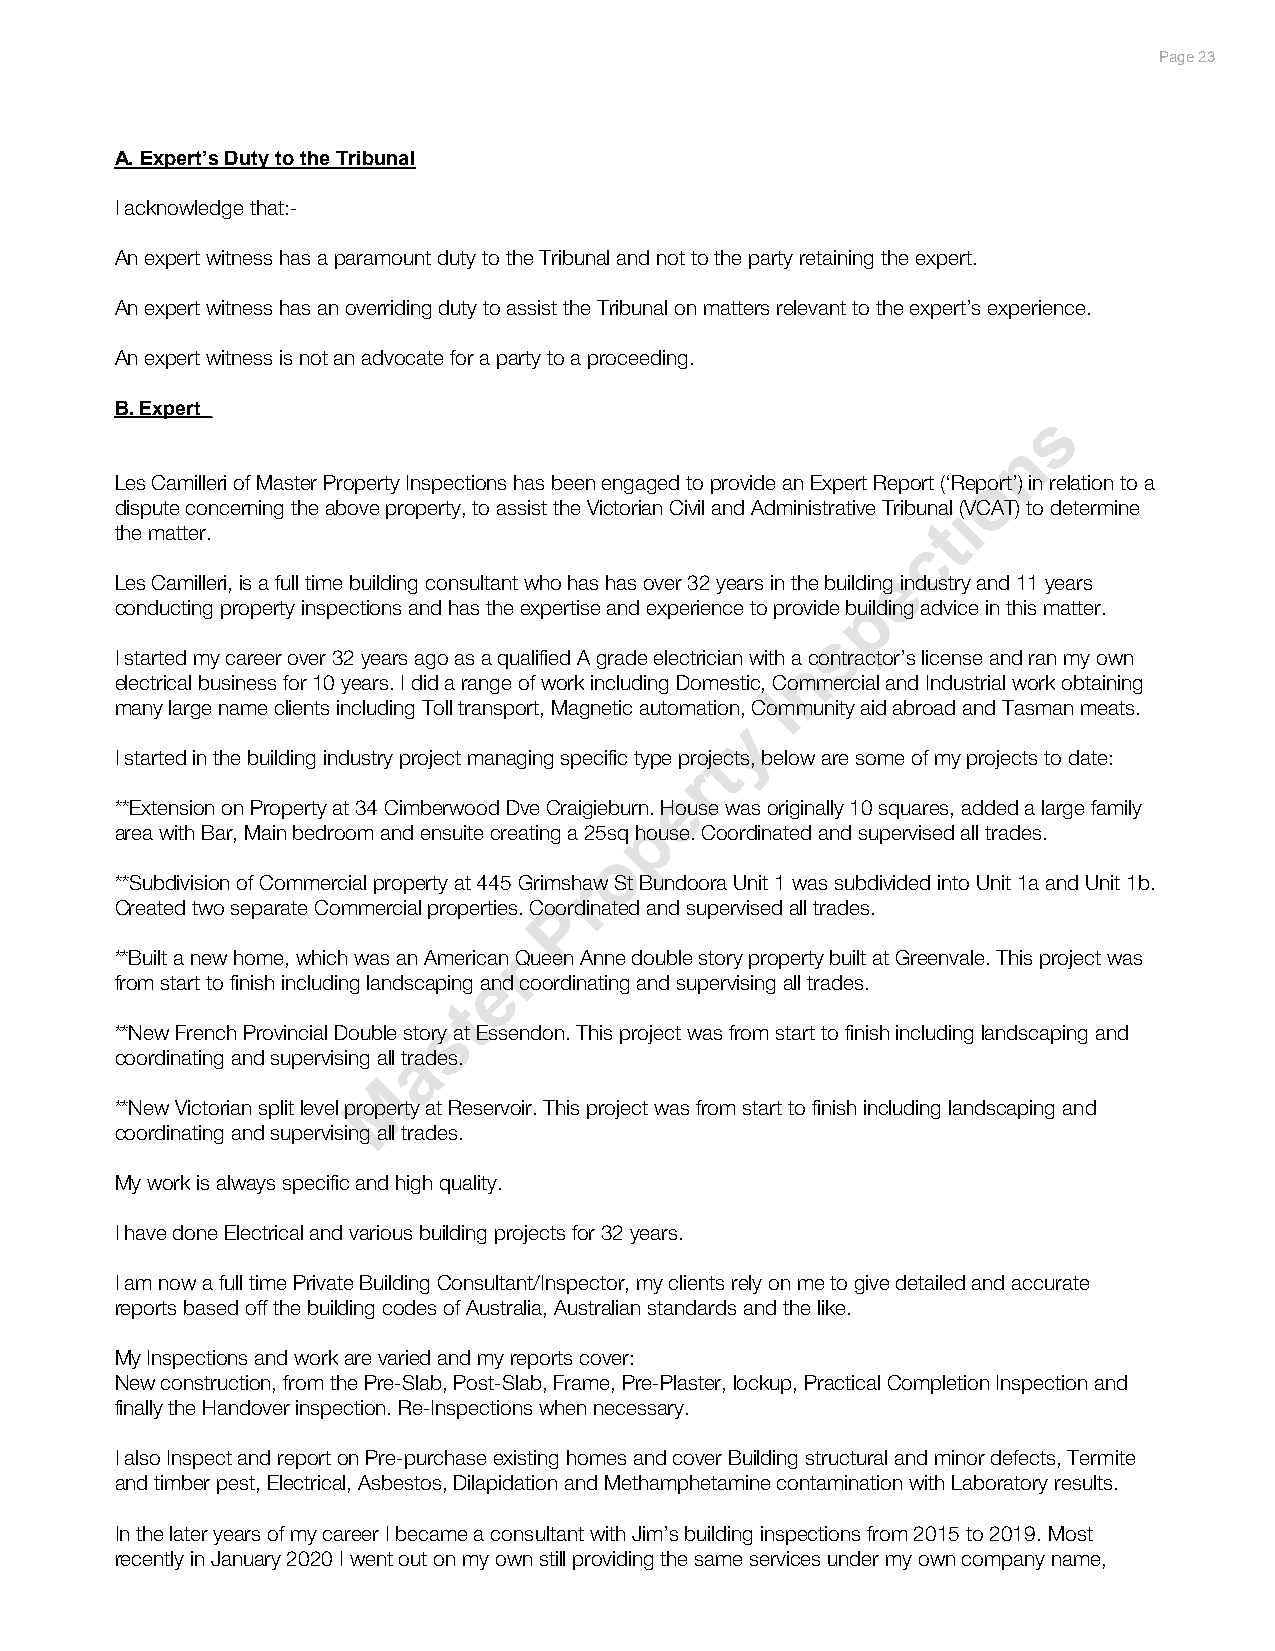
Additional comments                                                      PPaaggee 2330
 *A A. E. Exxppeertr’ts’s D Duuttyy ttoo tthhee TTrriibbuunnaal l
 ———————————————
 I acknowledge that:-
 An expert witness has a paramount duty to the Tribunal and not to the party retaining the expert.
 An expert witness has an overriding duty to assist the Tribunal on matters relevant to the expert’s experience.
 An expert witness is not an advocate for a party to a proceeding.
 *B B. E. xEpxperetr t
 s
 —————-
 n
 o
 Les Camilleri of Master Property Inspections has been engaged to provide an Expert Report (‘Report’) in relation to a
 dispute concerning the above property, to assist the Victorian Civil and Administrative Tribunail (VCAT) to determine
 the matter.
 t
 c
 e
 Les Camilleri, is a full time building consultant who has has over 32 years in the building industry and 11 years
 conducting property inspections and has the expertise and experience to provide
 bp
 uilding advice in this matter.
 s
 I started my career over 32 years ago as a qualified A grade electrician with an contractor’s license and ran my own
 electrical business for 10 years. I did a range of work including Domestic, Commercial and Industrial work obtaining
 I
 many large name clients including Toll transport, Magnetic automation, Community aid abroad and Tasman meats.
 y
 t
 I started in the building industry project managing specific type projects, below are some of my projects to date:
 r
 e
 **Extension on Property at 34 Cimberwood Dve Craigieburn. House was originally 10 squares, added a large family
 p
 area with Bar, Main bedroom and ensuite creating a 25sq house. Coordinated and supervised all trades.
 o
 **Subdivision of Commercial property at 445 Grimshraw St Bundoora Unit 1 was subdivided into Unit 1a and Unit 1b.
 Created two separate Commercial properties. CoPordinated and supervised all trades.
 **Built a new home, which was an Americanr Queen Anne double story property built at Greenvale. This project was
 e
 from start to finish including landscaping and coordinating and supervising all trades.
 t
 s
 **New French Provincial Double story at Essendon. This project was from start to finish including landscaping and
 a
 coordinating and supervising all trades.
 M
 **New Victorian split level property at Reservoir. This project was from start to finish including landscaping and
 coordinating and supervising all trades.
 My work is always specific and high quality.
 I have done Electrical and various building projects for 32 years.
 I am now a full time Private Building Consultant/Inspector, my clients rely on me to give detailed and accurate
 reports based off the building codes of Australia, Australian standards and the like.
 My Inspections and work are varied and my reports cover:
 New construction, from the Pre-Slab, Post-Slab, Frame, Pre-Plaster, lockup, Practical Completion Inspection and
 finally the Handover inspection. Re-Inspections when necessary.
 I also Inspect and report on Pre-purchase existing homes and cover Building structural and minor defects, Termite
 and timber pest, Electrical, Asbestos, Dilapidation and Methamphetamine contamination with Laboratory results.
 In the later years of my career I became a consultant with Jim’s building inspections from 2015 to 2019. Most
 recently in January 2020 I went out on my own still providing the same services under my own company name,